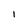
Character: l